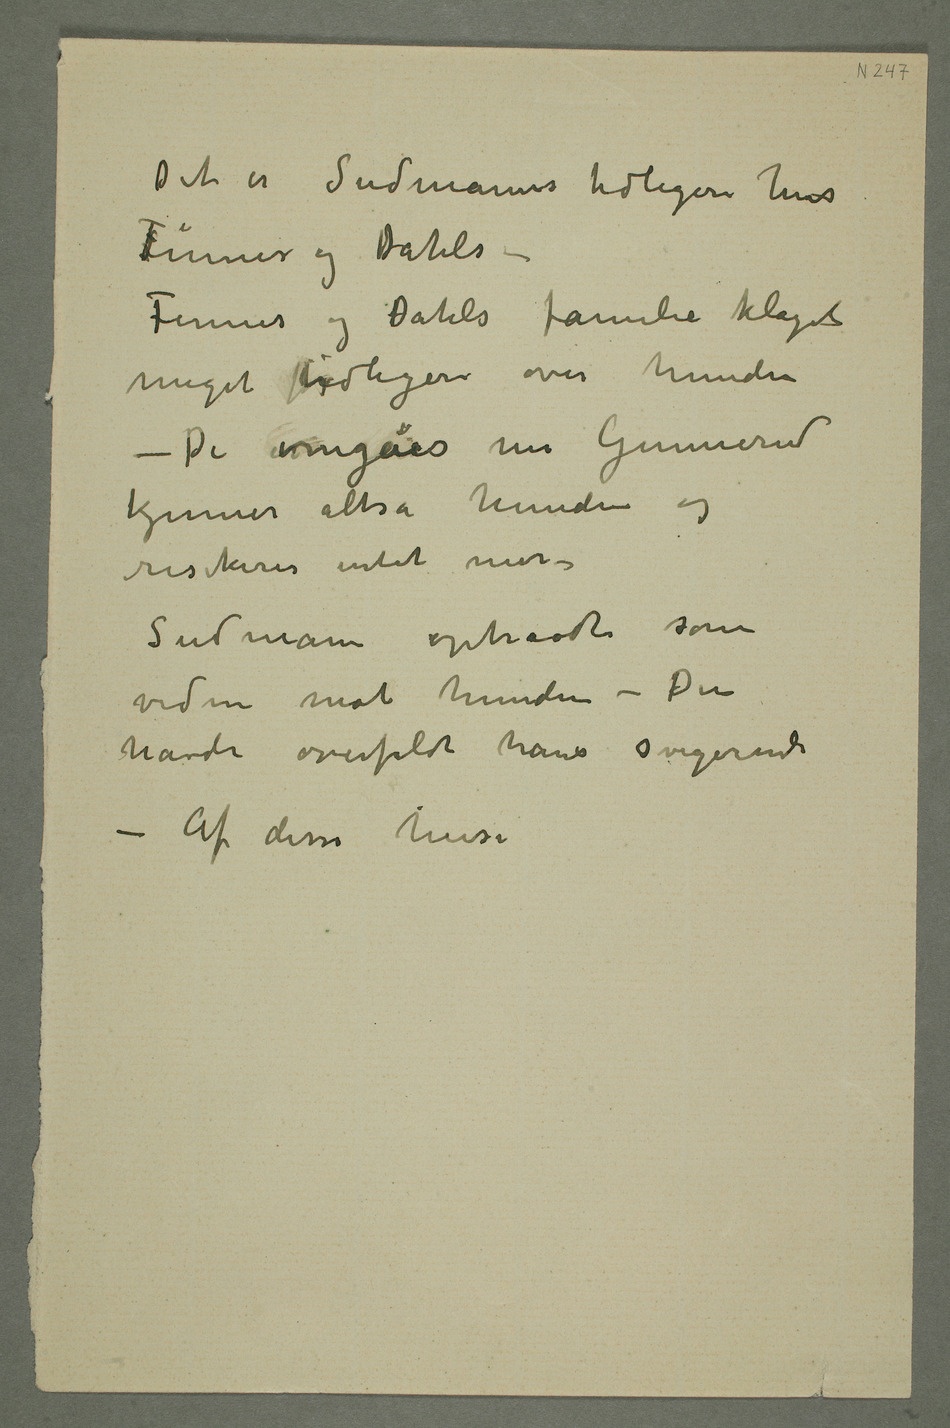
Det er Sudmanns tidligere hus
Finnes og Dahls –
Finnes og Dahls familie klaget
meget førtidligere over hunden
– De omgåes nu Gunnerud
kjenner altså hunden og
risikerer intet mer –
Sudmann optraadte som
vidne mot hunden – Den
havde overfaldt hans svigerinde
– Af disse huse